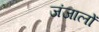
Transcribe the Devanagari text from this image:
जंजालों